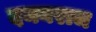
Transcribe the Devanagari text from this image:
दमनराज